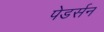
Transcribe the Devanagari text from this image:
पेडर्सन